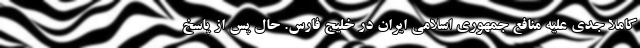
کاملا جدی علیه منافع جمهوری اسلامی ایران در خلیج فارس. حال پس از پاسخ